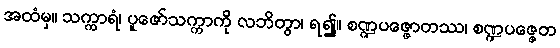
အထံမှ။ သက္ကာရံ၊ ပူဇော်သက္ကာကို လဘိတွာ၊ ရ၍။ စဏ္ဍပဇ္ဇောတဿ၊ စဏ္ဍပဇ္ဇေတ